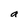
Character: a